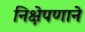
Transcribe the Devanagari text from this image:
निक्षेपणाने